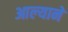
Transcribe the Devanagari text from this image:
आल्‍याने